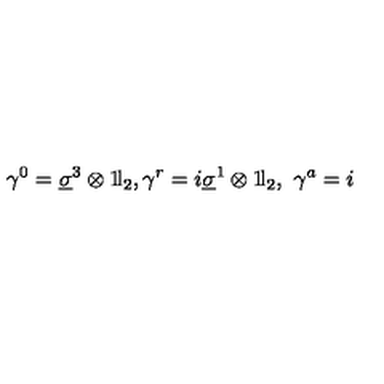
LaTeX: \gamma ^ { 0 } = \underline { { \sigma } } ^ { 3 } \otimes 1 \! \mathrm { l } _ { 2 } , \gamma ^ { r } = i \underline { { \sigma } } ^ { 1 } \otimes 1 \! \mathrm { l } _ { 2 } , \ \gamma ^ { a } = i